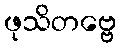
ဖုသိတဗ္ဗေ